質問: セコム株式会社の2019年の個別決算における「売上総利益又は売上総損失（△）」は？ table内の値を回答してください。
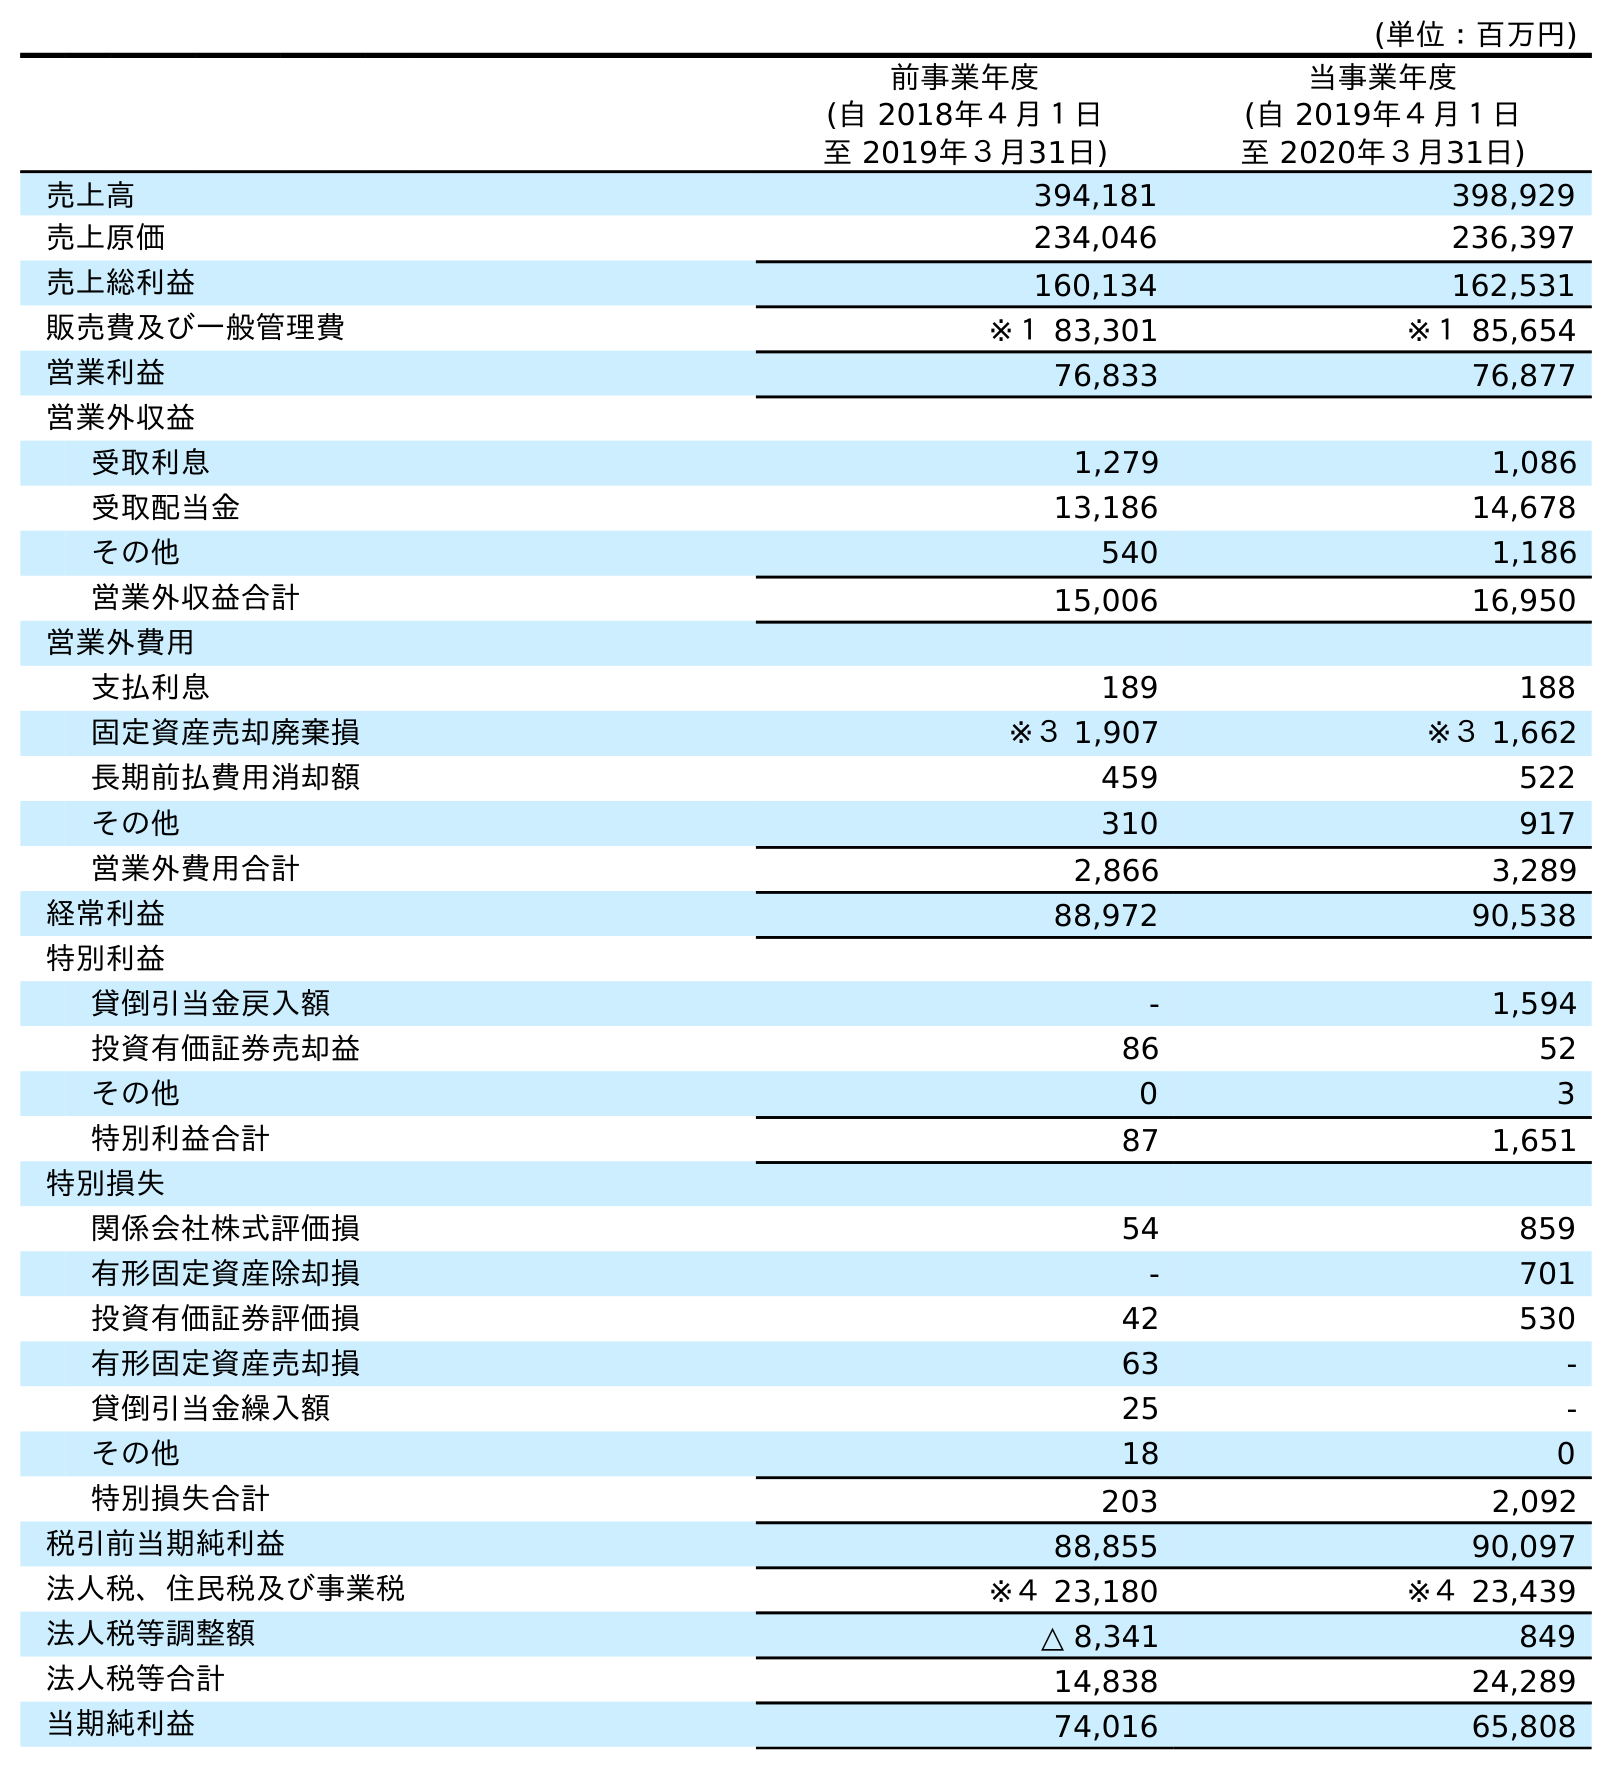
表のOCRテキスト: (単位：百万円) 前事業年度 (自 2018年４月１日 至 2019年３月31日) 当事業年度 (自 2019年４月１日 至 2020年３月31日) 売上高 394,181 398,929 売上原価 234,046 236,397 売上総利益 160,134 162,531 販売費及び一般管理費 ※１ 83,301 ※１ 85,654 営業利益 76,833 76,877 営業外収益 受取利息 1,279 1,086 受取配当金 13,186 14,678 その他 540 1,186 営業外収益合計 15,006 16,950 営業外費用 支払利息 189 188 固定資産売却廃棄損 ※３ 1,907 ※３ 1,662 長期前払費用消却額 459 522 その他 310 917 営業外費用合計 2,866 3,289 経常利益 88,972 90,538 特別利益 貸倒引当金戻入額 - 1,594 投資有価証券売却益 86 52 その他 0 3 特別利益合計 87 1,651 特別損失 関係会社株式評価損 54 859 有形固定資産除却損 - 701 投資有価証券評価損 42 530 有形固定資産売却損 63 - 貸倒引当金繰入額 25 - その他 18 0 特別損失合計 203 2,092 税引前当期純利益 88,855 90,097 法人税、住民税及び事業税 ※４ 23,180 ※４ 23,439 法人税等調整額 △ 8,341 849 法人税等合計 14,838 24,289 当期純利益 74,016 65,808
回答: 160,134